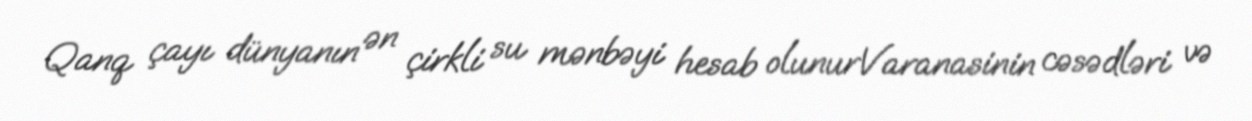
Qanq çayı dünyanın ən çirkli su mənbəyi hesab olunurVaranasinin cəsədləri və